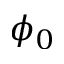
\phi _ { 0 }